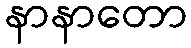
နာနာတော